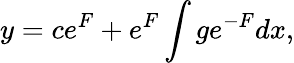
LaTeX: y=ce^{F}+e^{F}\int ge^{-F}dx,